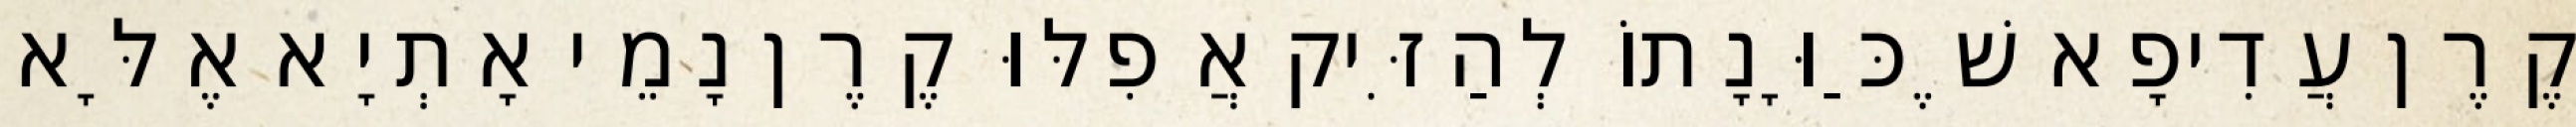
קֶרֶן עֲדִיפָא שֶׁכַּוָּנָתוֹ לְהַזִּיק אֲפִלּוּ קֶרֶן נָמֵי אָתְיָא אֶלָּא